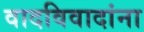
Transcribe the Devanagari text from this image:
वादविवादांना